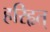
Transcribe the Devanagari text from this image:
हरिहृत्